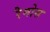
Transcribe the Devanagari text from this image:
रैमोस